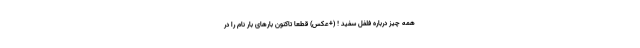
همه چیز درباره فلفل سفید ! (+عکس) قطعا تاکنون بارهای بار نام را در